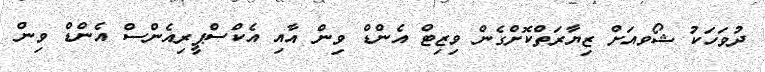
ދުވަހަކު ޝޯވއަށް ޒިޔާރަތްކޮށްގެން ވިޒިޓް އެންޑް ވިން އާއި އެކްސްޕީރިއެންސް އެންޑް ވިން